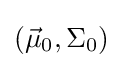
\left({\vec {\mu }}_{0},\Sigma _{0}\right)